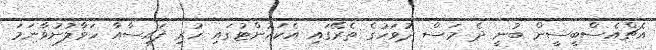
އެޗްއެސްބީސީން ބުނީ ދެ މަސް ދުވަހުގެ ތެރޭގައި އެކައުންޓުގައި ހުރި ފައިސާއާ ހަވާލުނުވާނަމަ